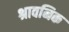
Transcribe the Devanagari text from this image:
श्रावनिक